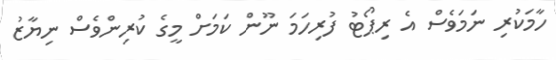
ހާމަކުރި ނަމަވެސް އެ ރިޕޯޓު ފުރިހަމަ ނޫން ކަމަށް މީގެ ކުރިންވެސް ނިޔާޒު